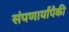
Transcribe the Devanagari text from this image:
संपणार्यांपैकी